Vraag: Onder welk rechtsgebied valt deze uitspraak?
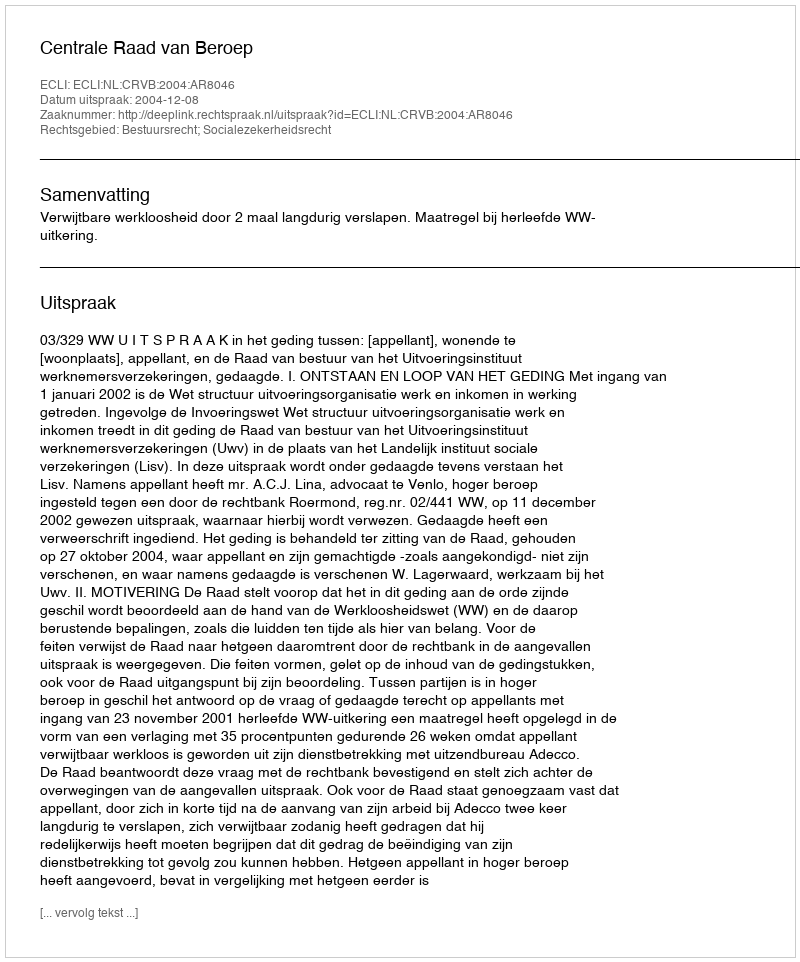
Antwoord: Bestuursrecht; Socialezekerheidsrecht